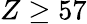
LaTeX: Z\ge 57